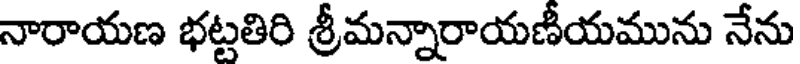
నారాయణ భట్టతిరి శ్రీమన్నారాయణీయమును నేను